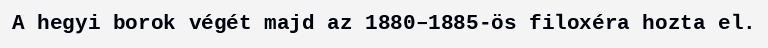
A hegyi borok végét majd az 1880–1885-ös filoxéra hozta el.